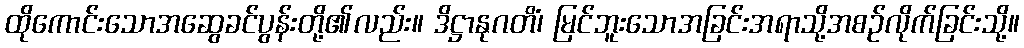
ထိုကောင်းသောအဆွေခင်ပွန်းတို့၏လည်း။ ဒိဋ္ဌာနုဂတိံ၊ မြင်ဘူးသောအခြင်းအရာသို့အစဉ်လိုက်ခြင်းသို့။